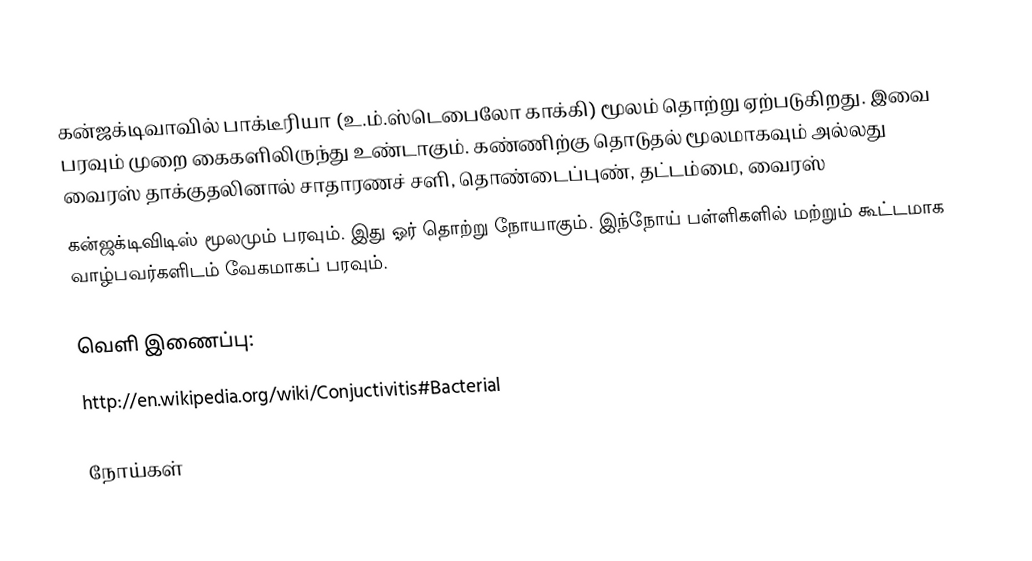
கன்ஜக்டிவாவில் பாக்டீரியா (உ.ம்.ஸ்டெபைலோ காக்கி) மூலம் தொற்று ஏற்படுகிறது. இவை பரவும் முறை கைகளிலிருந்து உண்டாகும். கண்ணிற்கு தொடுதல் மூலமாகவும் அல்லது வைரஸ் தாக்குதலினால் சாதாரணச் சளி, தொண்டைப்புண், தட்டம்மை, வைரஸ்
கன்ஜக்டிவிடிஸ் மூலமும் பரவும். இது ஓர் தொற்று நோயாகும். இந்நோய் பள்ளிகளில் மற்றும் கூட்டமாக வாழ்பவர்களிடம் வேகமாகப் பரவும்.

வெளி இணைப்பு:
http://en.wikipedia.org/wiki/Conjuctivitis#Bacterial

நோய்கள்